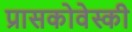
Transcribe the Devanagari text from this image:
प्रासकोवेस्की